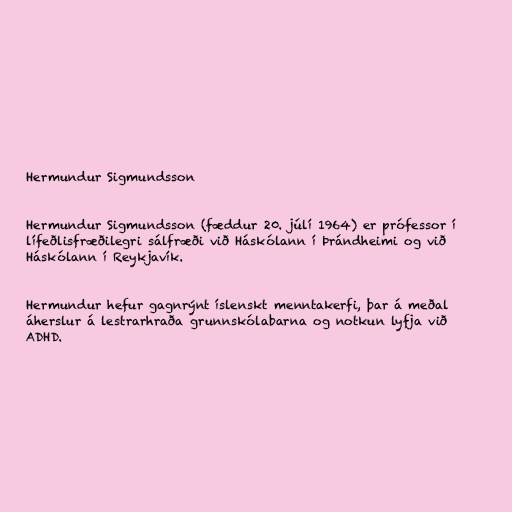
Hermundur Sigmundsson

Hermundur Sigmundsson (fæddur 20. júlí 1964) er prófessor í
lífeðlisfræðilegri sálfræði við Háskólann í Þrándheimi og við
Háskólann í Reykjavík.

Hermundur hefur gagnrýnt íslenskt menntakerfi, þar á meðal
áherslur á lestrarhraða grunnskólabarna og notkun lyfja við
ADHD.